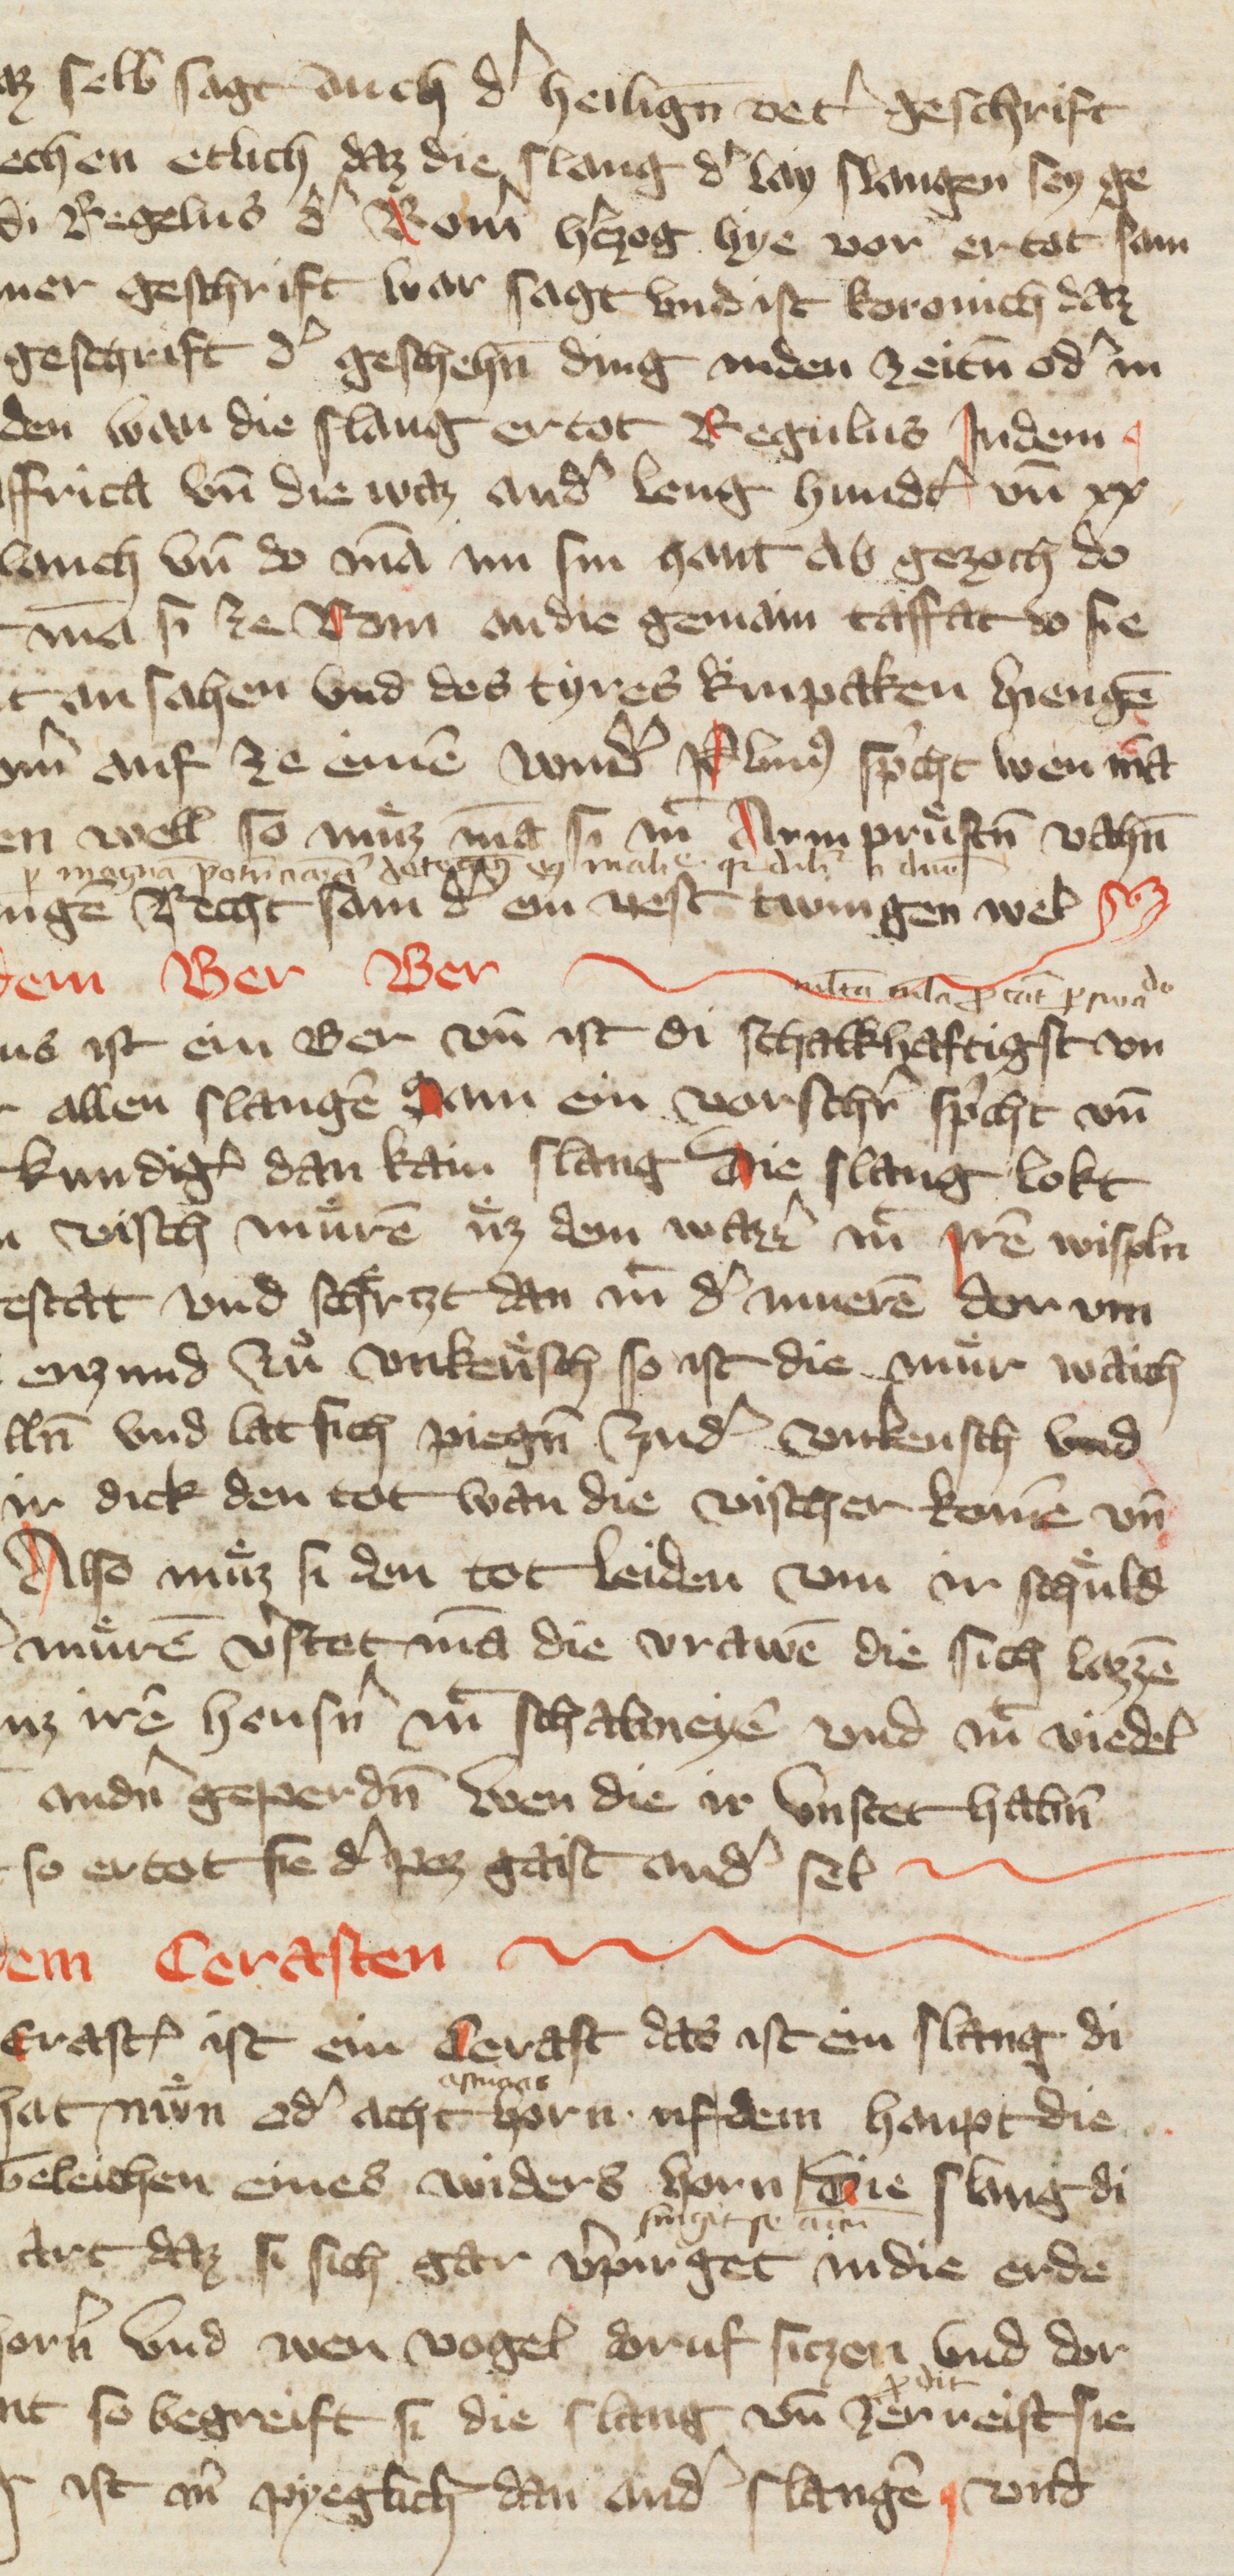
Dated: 1378–1378